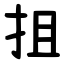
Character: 抯